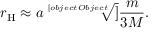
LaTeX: r _ { \mathrm { H } } \approx a { \sqrt [ [object Object] ] { \frac { m } { 3 M } } } .